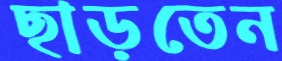
ছাড়তেন